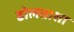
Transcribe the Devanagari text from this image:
ढोलताशा